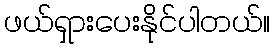
ဖယ်ရှားပေးနိုင်ပါတယ်။